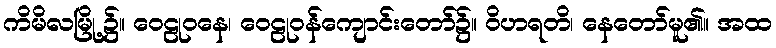
ကိမိလမြို့၌။ ဝေဠုဝနေ၊ ဝေဠုဝန်ကျောင်းတော်၌။ ဝိဟရတိ၊ နေတော်မူ၏။ အထ